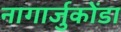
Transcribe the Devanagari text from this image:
नागार्जुकोंडा